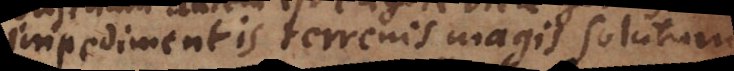
impedimentis terrenis magis solutum,